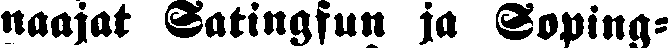
naajat Satingfun ja Soping-